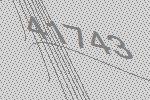
41743